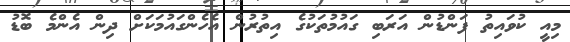
މިއީ ކުވައިތު ފަންޑުން އަރަބި ގައުމުތަކުގެ އިތުރުން އެހެންގައުމަކަށް ދިން އެންމެ ބޮޑު